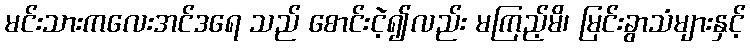
မင်းသားကလေးအင်ဒရေ သည် စောင်းငဲ့၍လည်း မကြည့်မိ၊ မြင်းခွာသံများနှင့်